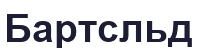
Бартсльд